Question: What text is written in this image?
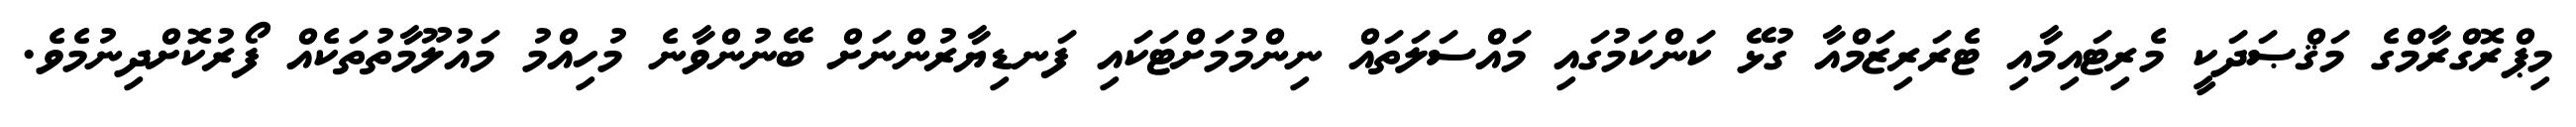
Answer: މިޕްރޮގްރާމްގެ މަޤްޞަދަކީ މެރިޓައިމާއި ޓެރަރިޒަމްއާ ގުޅޭ ކަންކަމުގައި މައްސަލަތައް ނިންމުމަށްޓަކައި ފަނޑިޔާރުންނަށް ބޭނުންވާނެ މުހިއްމު މައުލޫމާތުތަކެއް ފޯރުކޮށްދިނުމެވެ.